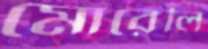
মোরেলি